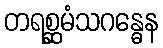
တရစ္ဆမံသဂန္ဓေန